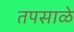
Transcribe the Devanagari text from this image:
तपसाळे